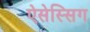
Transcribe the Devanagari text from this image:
ऐसेस्सिग